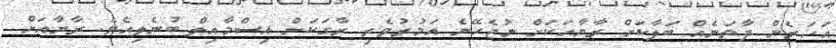
އަހަރެން ދާތަނެއް ބަލާކަށް ރާޔާއަކަށް ނުޖެހޭނެ އަމުރުވެރި ރާގަކަށް އިސްމާއިލް ބުނެލިއެވެ. ރާޔާއަށް